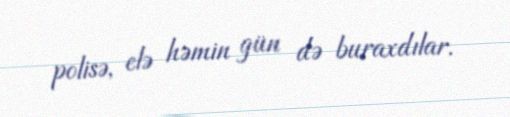
polisə, elə həmin gün də buraxdılar.